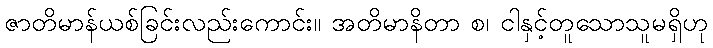
ဇာတိမာန်ယစ်ခြင်းလည်းကောင်း။ အတိမာနိတာ စ၊ ငါနှင့်တူသောသူမရှိဟု